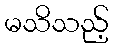
မသိသည့်